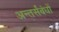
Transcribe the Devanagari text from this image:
अन्तर्संबंधों